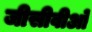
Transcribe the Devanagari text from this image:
जीसीवीओ